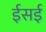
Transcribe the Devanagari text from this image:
ईसई